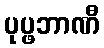
ပုပ္ဖဘာဏီ